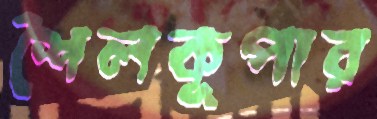
শৈলকূপার